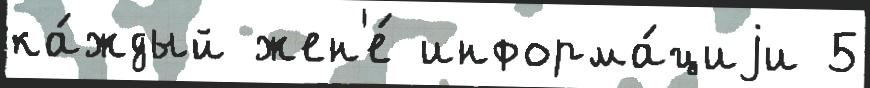
ка́ждый жен'е́ информа́циjи 5